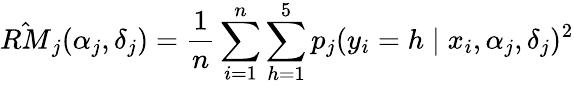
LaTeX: \hat{RM}_{j}(\alpha_{j},\delta_{j})=\frac{1}{n}\sum_{i=1}^{n}\sum_{h=1}^{5}p_{j}(y_{i}=h\mid x_{i},\alpha_{j},\delta_{j})^{2}